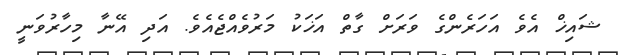
ޝައިޚް އެވެ އަހަރެންގެ ވަރަށް ގާތް އަޚަކު މަރުވެއްޖެއެވެ. އަދި އޭނާ މިހާރުވަނީ